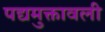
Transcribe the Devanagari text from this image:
पद्यमुक्तावली